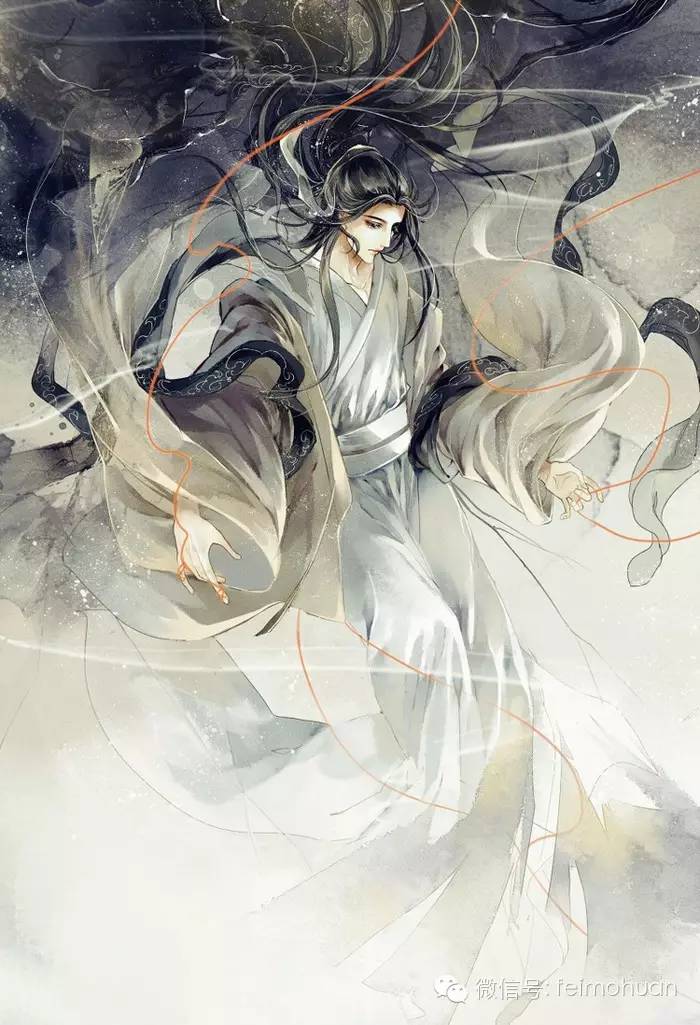
少年侠气，交结五都雄。